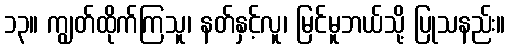
၁၃။ ကျွတ်ထိုက်ကြသူ၊ နတ်နှင့်လူ၊ မြင်မူဘယ်သို့ ပြုသနည်း။